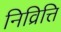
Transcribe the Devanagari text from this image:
निव्रित्ति